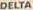
DELTA